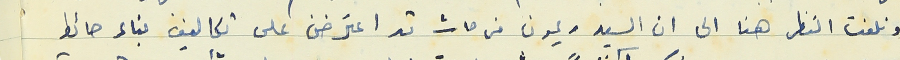
ونلفت النظر هنا الى ان السيد ريمون فرحات قد اعترضن على تكاليف بناء حائط